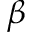
\beta